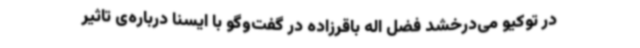
در توکیو می‌درخشد فضل اله باقرزاده در گفت‌وگو با ایسنا درباره‌ی تاثیر